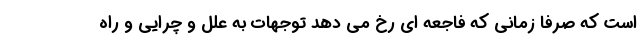
است که صرفا زمانی که فاجعه ای رخ می دهد توجهات به علل و چرایی و راه